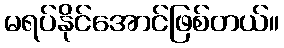
မရပ်နိုင်အောင်ဖြစ်တယ်။